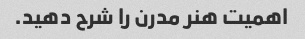
اهمیت هنر مدرن را شرح دهید.